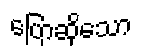
ပြောဆိုသော